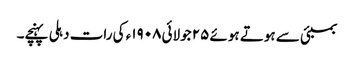
بمبئی سے ہوتے ہوئے ٢۵ جولائی ١٩٠٨ء کی رات دہلی پہنچے۔